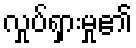
လှုပ်ရှားမှု၏